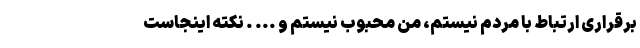
برقراری ارتباط با مردم نیستم، من محبوب نیستم و ... . نکته اینجاست